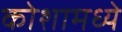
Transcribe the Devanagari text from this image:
कोशामध्ये